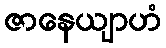
ဇာနေယျာဟံ